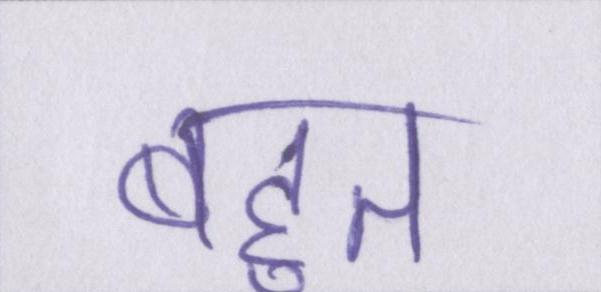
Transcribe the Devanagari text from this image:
बहुत